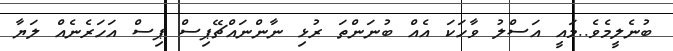
ބުނެލީމެވެ..މައީ އަސްލު ވާހަކަ އެއް ބުނަންތަ ރުޅި ނާންނައްޗޭޕިސް ޕިސް އަހަރެނެއް ލަޔާ